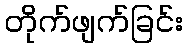
တိုက်ဖျက်ခြင်း